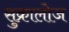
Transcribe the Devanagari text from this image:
सुक्रालोज